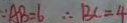
\because A B = 6 \therefore B C = 4